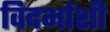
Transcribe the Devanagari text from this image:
विदर्भाशी